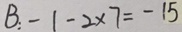
B : - 1 - 2 \times 7 = - 1 5